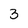
Character: 3